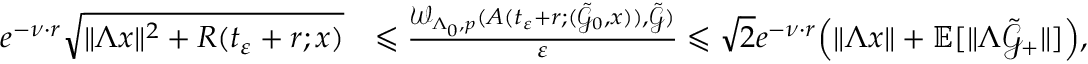
\begin{array} { r l } { \, e ^ { - \nu \cdot r } \sqrt { \| \Lambda x \| ^ { 2 } + R ( t _ { \varepsilon } + r ; x ) } } & { \leqslant \frac { \mathcal { W } _ { \Lambda _ { 0 } , p } ( A ( t _ { \varepsilon } + r ; ( \tilde { \mathcal { G } } _ { 0 } , x ) ) , \tilde { \mathcal { G } } ) } { \varepsilon } \leqslant { \sqrt { 2 } } e ^ { - \nu \cdot r } \Big ( \| \Lambda x \| + \mathbb { E } [ \| \Lambda \tilde { \mathcal { G } } _ { + } \| ] \Big ) , } \end{array}